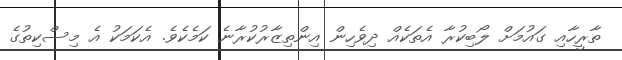
ތާރީހާއި ގައުމަށް ލޯބިކުރާ އެތަކެއް ދިވެހިން އިންތިޒާރުކުރާނެ ކަމެކެވެ. އެކަމަކު އެ މިސްކިތުގެ